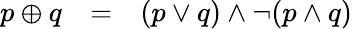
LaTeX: \begin{array}{lll}{p\oplus q}&{=}&{(p\lor q)\land\lnot(p\land q)}\end{array}